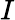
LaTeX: I